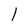
Character: l